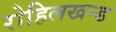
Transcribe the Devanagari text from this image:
रोहिलखन्ड